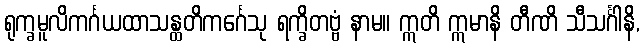
ရုက္ခမူလိကင်္ဂယထာသန္ထတိကင်္ဂေသု ရက္ခိတဗ္ဗံ နာမ။ ဣတိ ဣမာနိ တီဏိ သီသင်္ဂါနိ,